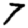
Digit: 7